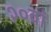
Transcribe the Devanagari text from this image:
२०वां